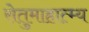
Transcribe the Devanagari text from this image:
सेतुमाहात्म्य